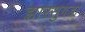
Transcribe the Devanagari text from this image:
झारसुगडा